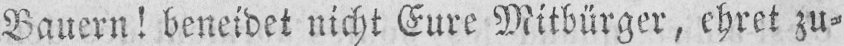
Bauern! beneidet nicht Eure Mitbürger, ehret zu⸗